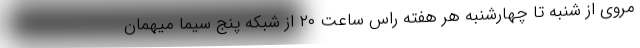
مروی از شنبه تا چهارشنبه هر هفته راس ساعت ۲۰ از شبکه پنج سیما میهمان